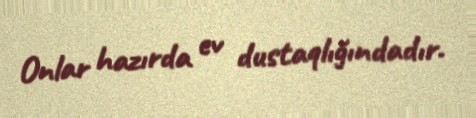
Onlar hazırda ev dustaqlığındadır.